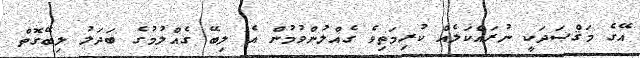
އޭގެ މަޤްޞަދަކީ ނުރައްކަލެއް ކުރިމަތިވެ ގެއްލުންވުމުން އެ ލިބޭ ގެއްލުމުގެ ބަދަލު ލިބޭގޮތް